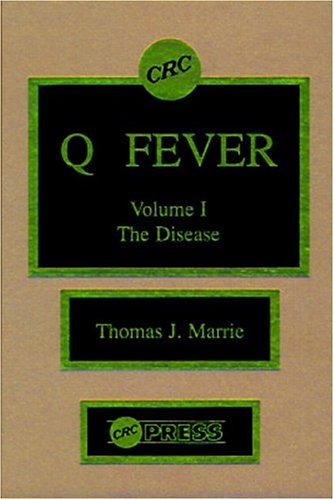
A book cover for Q Fever, Volume I: The Disease; Thomas J. Marrie; Medical Books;